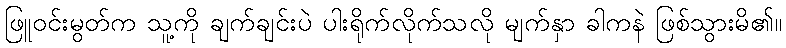
ဖြူဝင်းမွတ်က သူ့ကို ချက်ချင်းပဲ ပါးရိုက်လိုက်သလို မျက်နှာ ခါကနဲ ဖြစ်သွားမိ၏။